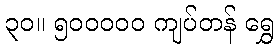
၃၀။ ၅၀၀၀၀၀ ကျပ်တန် ရွှေ